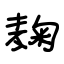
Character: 麴